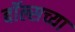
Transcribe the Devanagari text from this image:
बॉल्सच्या